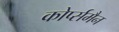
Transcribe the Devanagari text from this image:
कोर्प्समैन